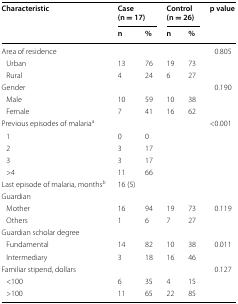
<table><thead><tr><td rowspan="2"><b>Characteristic</b></td><td colspan="2"><b>Case (n = 17)</b></td><td colspan="2"><b>Control (n = 26)</b></td><td rowspan="2"><b>p value</b></td></tr><tr><td><b>n</b></td><td><b>%</b></td><td><b>n</b></td><td><b>%</b></td></tr></thead><tbody><tr><td>Area of residence</td><td></td><td></td><td></td><td></td><td>0.805</td></tr><tr><td> Urban</td><td>13</td><td>76</td><td>19</td><td>73</td><td></td></tr><tr><td> Rural</td><td>4</td><td>24</td><td>6</td><td>27</td><td></td></tr><tr><td>Gender</td><td></td><td></td><td></td><td></td><td>0.190</td></tr><tr><td> Male</td><td>10</td><td>59</td><td>10</td><td>38</td><td></td></tr><tr><td> Female</td><td>7</td><td>41</td><td>16</td><td>62</td><td></td></tr><tr><td>Previous episodes of malaria<sup>a</sup></td><td></td><td></td><td></td><td></td><td>&lt;0.001</td></tr><tr><td> 1</td><td>0</td><td>0</td><td></td><td></td><td></td></tr><tr><td> 2</td><td>3</td><td>17</td><td></td><td></td><td></td></tr><tr><td> 3</td><td>3</td><td>17</td><td></td><td></td><td></td></tr><tr><td> &gt;4</td><td>11</td><td>66</td><td></td><td></td><td></td></tr><tr><td>Last episode of malaria, months<sup>b</sup></td><td>16 (5)</td><td></td><td></td><td></td><td></td></tr><tr><td>Guardian</td><td></td><td></td><td></td><td></td><td></td></tr><tr><td> Mother</td><td>16</td><td>94</td><td>19</td><td>73</td><td>0.119</td></tr><tr><td> Others</td><td>1</td><td>6</td><td>7</td><td>27</td><td></td></tr><tr><td>Guardian scholar degree</td><td></td><td></td><td></td><td></td><td></td></tr><tr><td> Fundamental</td><td>14</td><td>82</td><td>10</td><td>38</td><td>0.011</td></tr><tr><td> Intermediary</td><td>3</td><td>18</td><td>16</td><td>46</td><td></td></tr><tr><td>Familiar stipend, dollars</td><td></td><td></td><td></td><td></td><td>0.127</td></tr><tr><td> &lt;100</td><td>6</td><td>35</td><td>4</td><td>15</td><td></td></tr><tr><td> &gt;100</td><td>11</td><td>65</td><td>22</td><td>85</td><td></td></tr></tbody></table>